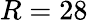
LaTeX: R=28